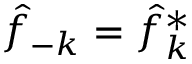
\hat { f } _ { - k } = \hat { f } _ { k } ^ { * }